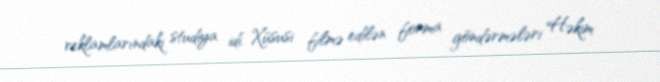
reklamlarındaki studiya idi. Xüsusi filmə edilən forma göndərmələri Həkim